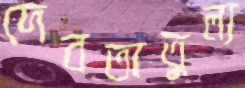
দেবতাতুল্য